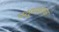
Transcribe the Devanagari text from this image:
पशुप्रजनक